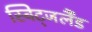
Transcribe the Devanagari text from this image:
स्विट्जर्लैंड